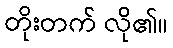
တိုးတက် လို၏။